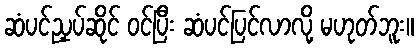
ဆံပင်ညှပ်ဆိုင် ဝင်ပြီး ဆံပင်ပြင်လာလို့ မဟုတ်ဘူး။